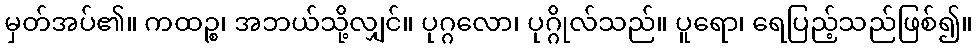
မှတ်အပ်၏။ ကထဉ္စ၊ အဘယ်သို့လျှင်။ ပုဂ္ဂလော၊ ပုဂ္ဂိုလ်သည်။ ပူရော၊ ရေပြည့်သည်ဖြစ်၍။